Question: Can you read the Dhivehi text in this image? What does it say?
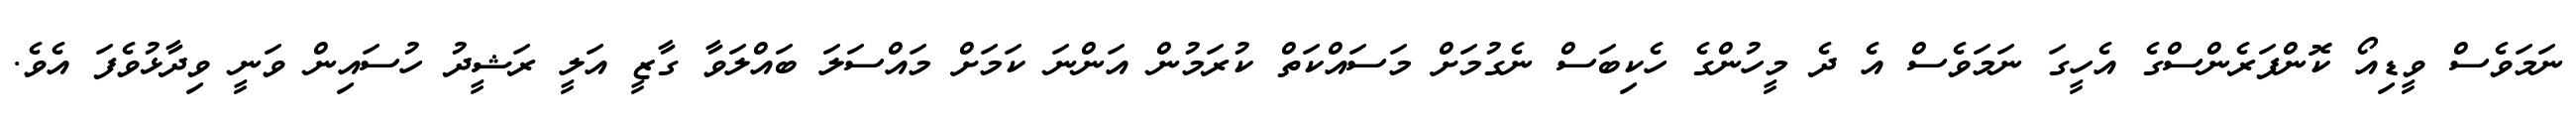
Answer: ނަމަވެސް ވީޑިއޯ ކޮންފަރެންސްގެ އެހީގަ ނަމަވެސް އެ ދެ މީހުންގެ ހެކިބަސް ނެގުމަށް މަސައްކަތް ކުރަމުން އަންނަ ކަމަށް މައްސަލަ ބައްލަވާ ގާޒީ އަލީ ރަޝީދު ހުސައިން ވަނީ ވިދާޅުވެފަ އެވެ.